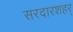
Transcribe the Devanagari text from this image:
सरदारशहर्